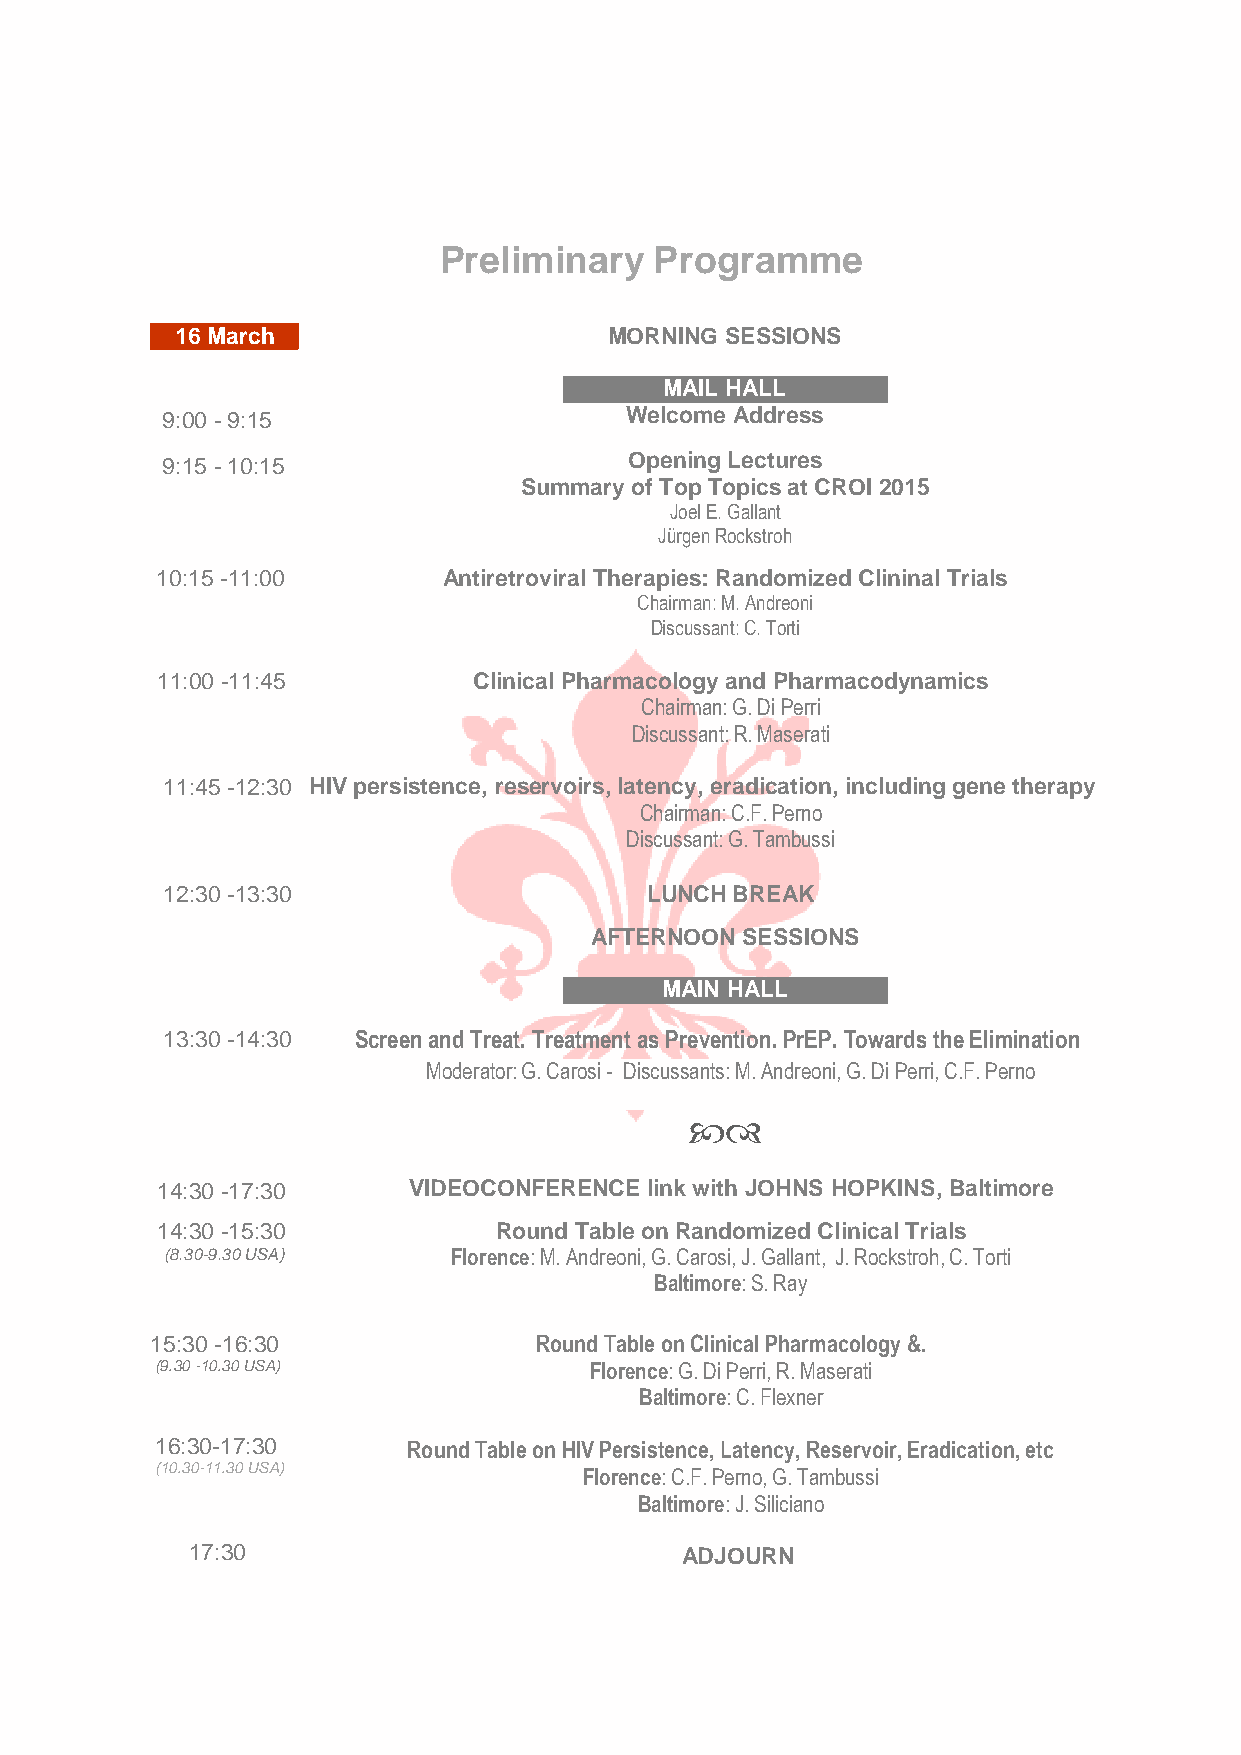
Preliminary   Programme
 16 March                    MORNING SESSIONS
 MAIL HALL
 9:00 - 9:15                   Welcome Address
 9:15 - 10:15                   Opening Lectures
 Summary of Top Topics at CROI 2015
 Joel E. Gallant
 Jürgen Rockstroh
 10:15 -11:00       Antiretroviral Therapies: Randomized Clininal Trials
 Chairman: M. Andreoni
 Discussant: C. Torti
 11:00 -11:45         Clinical Pharmacology and Pharmacodynamics
 Chairman: G. Di Perri
 Discussant: R. Maserati
 11:45 -12:30 HIV persistence, reservoirs, latency, eradication, including gene therapy
 Chairman: C.F. Perno
 Discussant: G. Tambussi
 12:30 -13:30                    LUNCH BREAK
 AFTERNOON SESSIONS
 MAIN HALL
 13:30 -14:30 Screen and Treat. Treatment as Prevention. PrEP. Towards the Elimination
 Moderator: G. Carosi - Discussants: M. Andreoni, G. Di Perri, C.F. Perno
 
 14:30 -17:30     VIDEOCONFERENCE link with JOHNS HOPKINS, Baltimore
 14:30 -15:30           Round Table on Randomized Clinical Trials
 (8.30-9.30 USA)    Florence: M. Andreoni, G. Carosi, J. Gallant, J. Rockstroh, C. Torti
 Baltimore: S. Ray
 15:30 -16:30             Round Table on Clinical Pharmacology &.
 (9.30 -10.30 USA)            Florence: G. Di Perri, R. Maserati
 Baltimore: C. Flexner
 16:30-17:30      Round Table on HIV Persistence, Latency, Reservoir, Eradication, etc
 (10.30-11.30 USA)            Florence: C.F. Perno, G. Tambussi
 Baltimore: J. Siliciano
 17:30                            ADJOURN